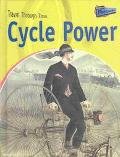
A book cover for Cycle Power: Two-Wheeled Travel Past and Present (Travel Through Time); Jane Shuter; Children's Books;